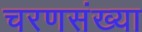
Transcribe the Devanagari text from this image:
चरणसंख्या